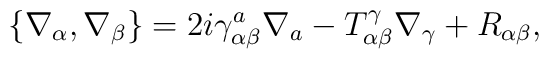
\{\nabla_\alpha,\nabla_\beta\}=2i\gamma^a_{\alpha\beta}\nabla_a-T^\gamma_{\alpha\beta}\nabla_\gamma+R_{\alpha\beta},